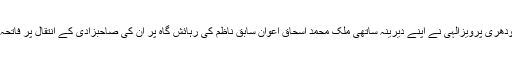
قبل ازیں چودھری پرویزالٰہی نے اپنے دیرینہ ساتھی ملک محمد اسحاق اعوان سابق ناظم کی رہائش گاہ پر ان کی صاحبزادی کے انتقال پر فاتحہ خوانی کی۔